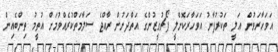
އަވަހާރަވުން ޢަލީ ތަކުރުފާނު އަވަހާރަކޮށްލީ ޕޯޗުގީޒުންގެ އަތްދަށުން ރާއްޖެ ސަލާމަތްކުރެއްވުމަށް އުތީމު ތިންބެއިން